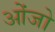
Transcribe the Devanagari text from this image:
ओंजो